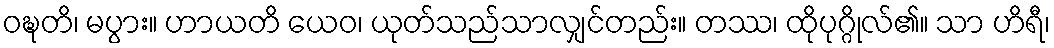
ဝဍ္ဎတိ၊ မပွား။ ဟာယတိ ယေဝ၊ ယုတ်သည်သာလျှင်တည်း။ တဿ၊ ထိုပုဂ္ဂိုလ်၏။ သာ ဟိရီ၊